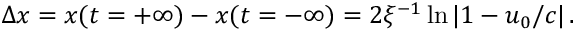
\Delta x = x ( t = + \infty ) - x ( t = - \infty ) = 2 \xi ^ { - 1 } \ln | 1 - u _ { 0 } / c | \, .